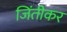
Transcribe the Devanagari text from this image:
जिंतीकर